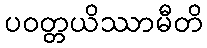
ပဝတ္တယိဿာမီတိ